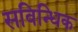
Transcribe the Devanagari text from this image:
सविन्धिक